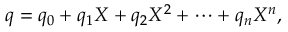
q = q _ { 0 } + q _ { 1 } X + q _ { 2 } X ^ { 2 } + \cdots + q _ { n } X ^ { n } ,